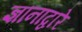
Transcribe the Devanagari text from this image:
ज्ञानाद्वारे